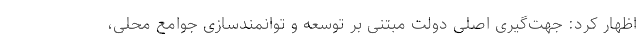
اظهار کرد: جهت‌گیری اصلی دولت مبتنی بر توسعه و توانمندسازی جوامع محلی،